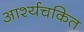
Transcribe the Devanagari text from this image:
आर्श्यचकित